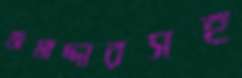
জমাদ্দারসহ